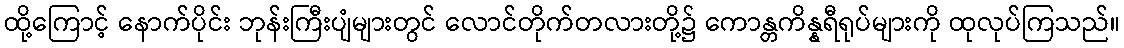
ထို့ကြောင့် နောက်ပိုင်း ဘုန်းကြီးပျံများတွင် လောင်တိုက်တလားတို့၌ ကောန္တကိန္နရီရုပ်များကို ထုလုပ်ကြသည်။